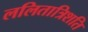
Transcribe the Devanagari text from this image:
ललितात्रिशति